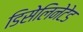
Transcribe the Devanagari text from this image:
डिसेलिनेटेड